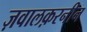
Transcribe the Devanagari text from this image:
ज़वालक़रनीन